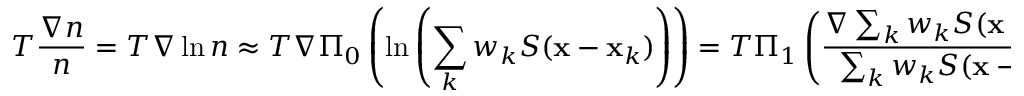
T \frac { \nabla n } { n } = T \nabla \ln n \approx T \nabla \Pi _ { 0 } \left( \ln \left( \sum _ { k } w _ { k } S ( { \mathbf x } - { \mathbf x } _ { k } ) \right) \right) = T \Pi _ { 1 } \left( \frac { \nabla \sum _ { k } w _ { k } S ( { \mathbf x } - { \mathbf x } _ { k } ) } { \sum _ { k } w _ { k } S ( { \mathbf x } - { \mathbf x } _ { k } ) } \right) ,